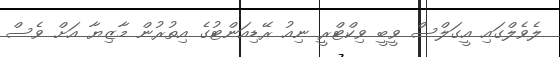
ލެވެލްގައި އީގަލްސް ވީބީ ވިކްޓްރީ ނިއު ރޭޑިއަންޓުގެ އިތުރުން މާޒިޔާ އަށް ވެސް